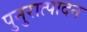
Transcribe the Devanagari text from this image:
पुनुरात्पादन